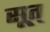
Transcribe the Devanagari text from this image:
सूत्